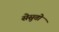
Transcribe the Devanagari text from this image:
सेसुतो